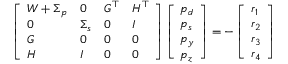
\left[ \begin{array} { l l l l } { W + \Sigma _ { p } } & { 0 } & { G ^ { \top } } & { H ^ { \top } } \\ { 0 } & { \Sigma _ { s } } & { 0 } & { I } \\ { G } & { 0 } & { 0 } & { 0 } \\ { H } & { I } & { 0 } & { 0 } \end{array} \right] \left[ \begin{array} { l } { p _ { d } } \\ { p _ { s } } \\ { p _ { y } } \\ { p _ { z } } \end{array} \right] = - \left[ \begin{array} { l } { r _ { 1 } } \\ { r _ { 2 } } \\ { r _ { 3 } } \\ { r _ { 4 } } \end{array} \right]